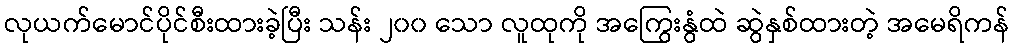
လုယက်မောင်ပိုင်စီးထားခဲ့ပြီး သန်း ၂၀၀ သော လူထုကို အကြွေးနွံထဲ ဆွဲနှစ်ထားတဲ့ အမေရိကန်